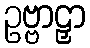
ဥဗ္ဗာဠှာ